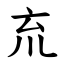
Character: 㐬